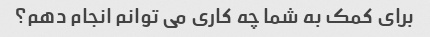
برای کمک به شما چه کاری می توانم انجام دهم؟